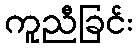
ကူညီခြင်း